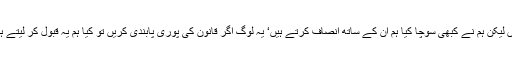
ہم پولیس سے عزت‘ قانون اور انصاف کی ڈیمانڈ کرتے ہیں لیکن ہم نے کبھی سوچا کیا ہم ان کے ساتھ انصاف کرتے ہیں‘ یہ لوگ اگر قانون کی پوری پابندی کریں تو کیا ہم یہ قبول کر لیتے ہیں اور کیا ہم پولیس کو انسانوں کے برابر عزت دیتے ہیں؟